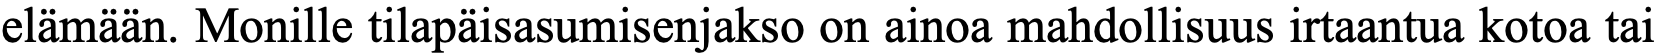
elämään. Monille tilapäisasumisenjakso on ainoa mahdollisuus irtaantua kotoa tai